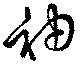
袖